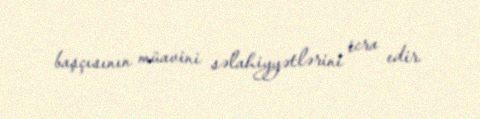
başçısının müavini səlahiyyətlərini icra edir.